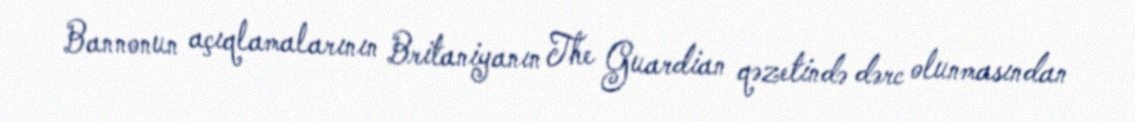
Bannonun açıqlamalarının Britaniyanın The Guardian qəzetində dərc olunmasından